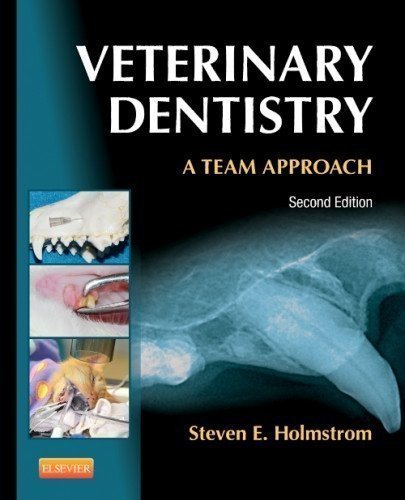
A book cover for Veterinary Dentistry: A Team Approach, 2e 2nd (second) Edition by Holmstrom DVM, Steven E. published by Saunders (2012); Medical Books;